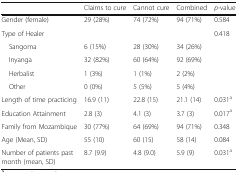
<table><thead><tr><td></td><td><b>Claims to cure</b></td><td><b>Cannot cure</b></td><td><b>Combined</b></td><td><b><i>p</i>-value</b></td></tr></thead><tbody><tr><td>Gender (female)</td><td>29 (28%)</td><td>74 (72%)</td><td>94 (71%)</td><td>0.584</td></tr><tr><td>Type of Healer</td><td></td><td></td><td></td><td>0.418</td></tr><tr><td> Sangoma</td><td>6 (15%)</td><td>28 (30%)</td><td>34 (26%)</td><td></td></tr><tr><td> Inyanga</td><td>32 (82%)</td><td>60 (64%)</td><td>92 (69%)</td><td></td></tr><tr><td> Herbalist</td><td>1 (3%)</td><td>1 (1%)</td><td>2 (2%)</td><td></td></tr><tr><td> Other</td><td>0 (0%)</td><td>5 (5%)</td><td>5 (4%)</td><td></td></tr><tr><td>Length of time practicing</td><td>16.9 (11)</td><td>22.8 (15)</td><td>21.1 (14)</td><td>0.031<sup>a</sup></td></tr><tr><td>Education Attainment</td><td>2.8 (3)</td><td>4.1 (3)</td><td>3.7 (3)</td><td>0.017<sup>a</sup></td></tr><tr><td>Family from Mozambique</td><td>30 (77%)</td><td>64 (69%)</td><td>94 (71%)</td><td>0.348</td></tr><tr><td>Age (Mean, SD)</td><td>55 (10)</td><td>60 (15)</td><td>58 (14)</td><td>0.084</td></tr><tr><td>Number of patients past month (mean, SD)</td><td>8.7 (9.9)</td><td>4.8 (9.0)</td><td>5.9 (9)</td><td>0.031<sup>a</sup></td></tr></tbody></table>